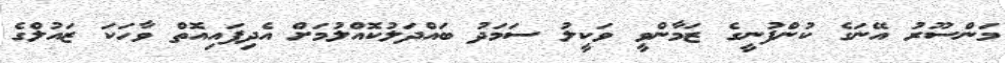
މަންސޫރު އޭނަގެ ކުންފުނީގެ ޒަމާންވީ ވަކީލު ސަމަދު ބައްދަލުކޮއްލުމަށް އެދިފައިއޮތް ވާހަކަ ޒައުލްގެ